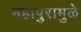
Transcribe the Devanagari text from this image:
महापुरामुळे